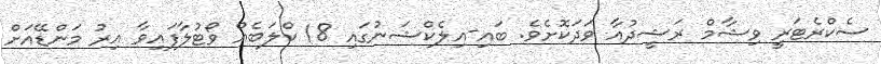
ސެކްރެޓަރީ ވިޝާމް ރަޝީދުއާ ވަދަކޮށެވެ. ބައި-އިލެކްޝަނުގައި 18 ކްލަބެއް ވޯޓުލާފައިވާ އިރު މަންޑޭއަށް